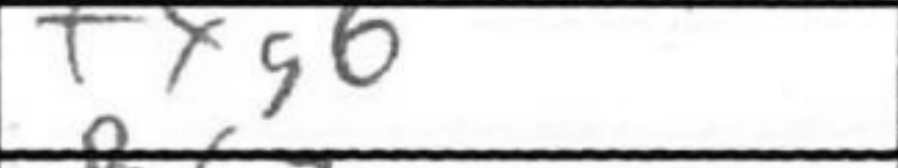
Transcription: fxg6